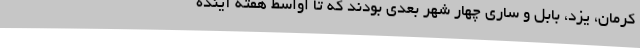
کرمان، یزد، بابل و ساری چهار شهر بعدی بودند که تا اواسط هفته آینده